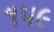
૧૫૯